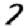
Digit: 7